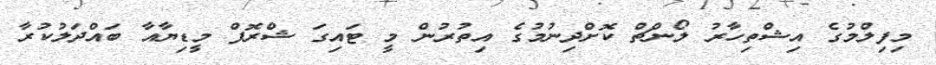
މިފިލްމުގެ އިޝްތިހާރު ލޯންޗް ކޮށްދިނުމުގެ އިތުރުން މީ ޓައިގަ ޝްރޮފް މީޑިޔާއާ ބައްދަލުކުރާ